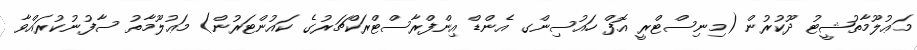
މަޢުލޫމާތުޝީޓު ދޫކުރުން (މިނިސްޓްރީ އޮފް ހައުސިންގ އެންޑް އިންފްރާސްޓްރަކްޗަރުގެ ކައުންޓަރުން) މަޢުލޫމާތު ސާފުނުކުރައްވާ